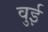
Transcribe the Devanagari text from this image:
वुई